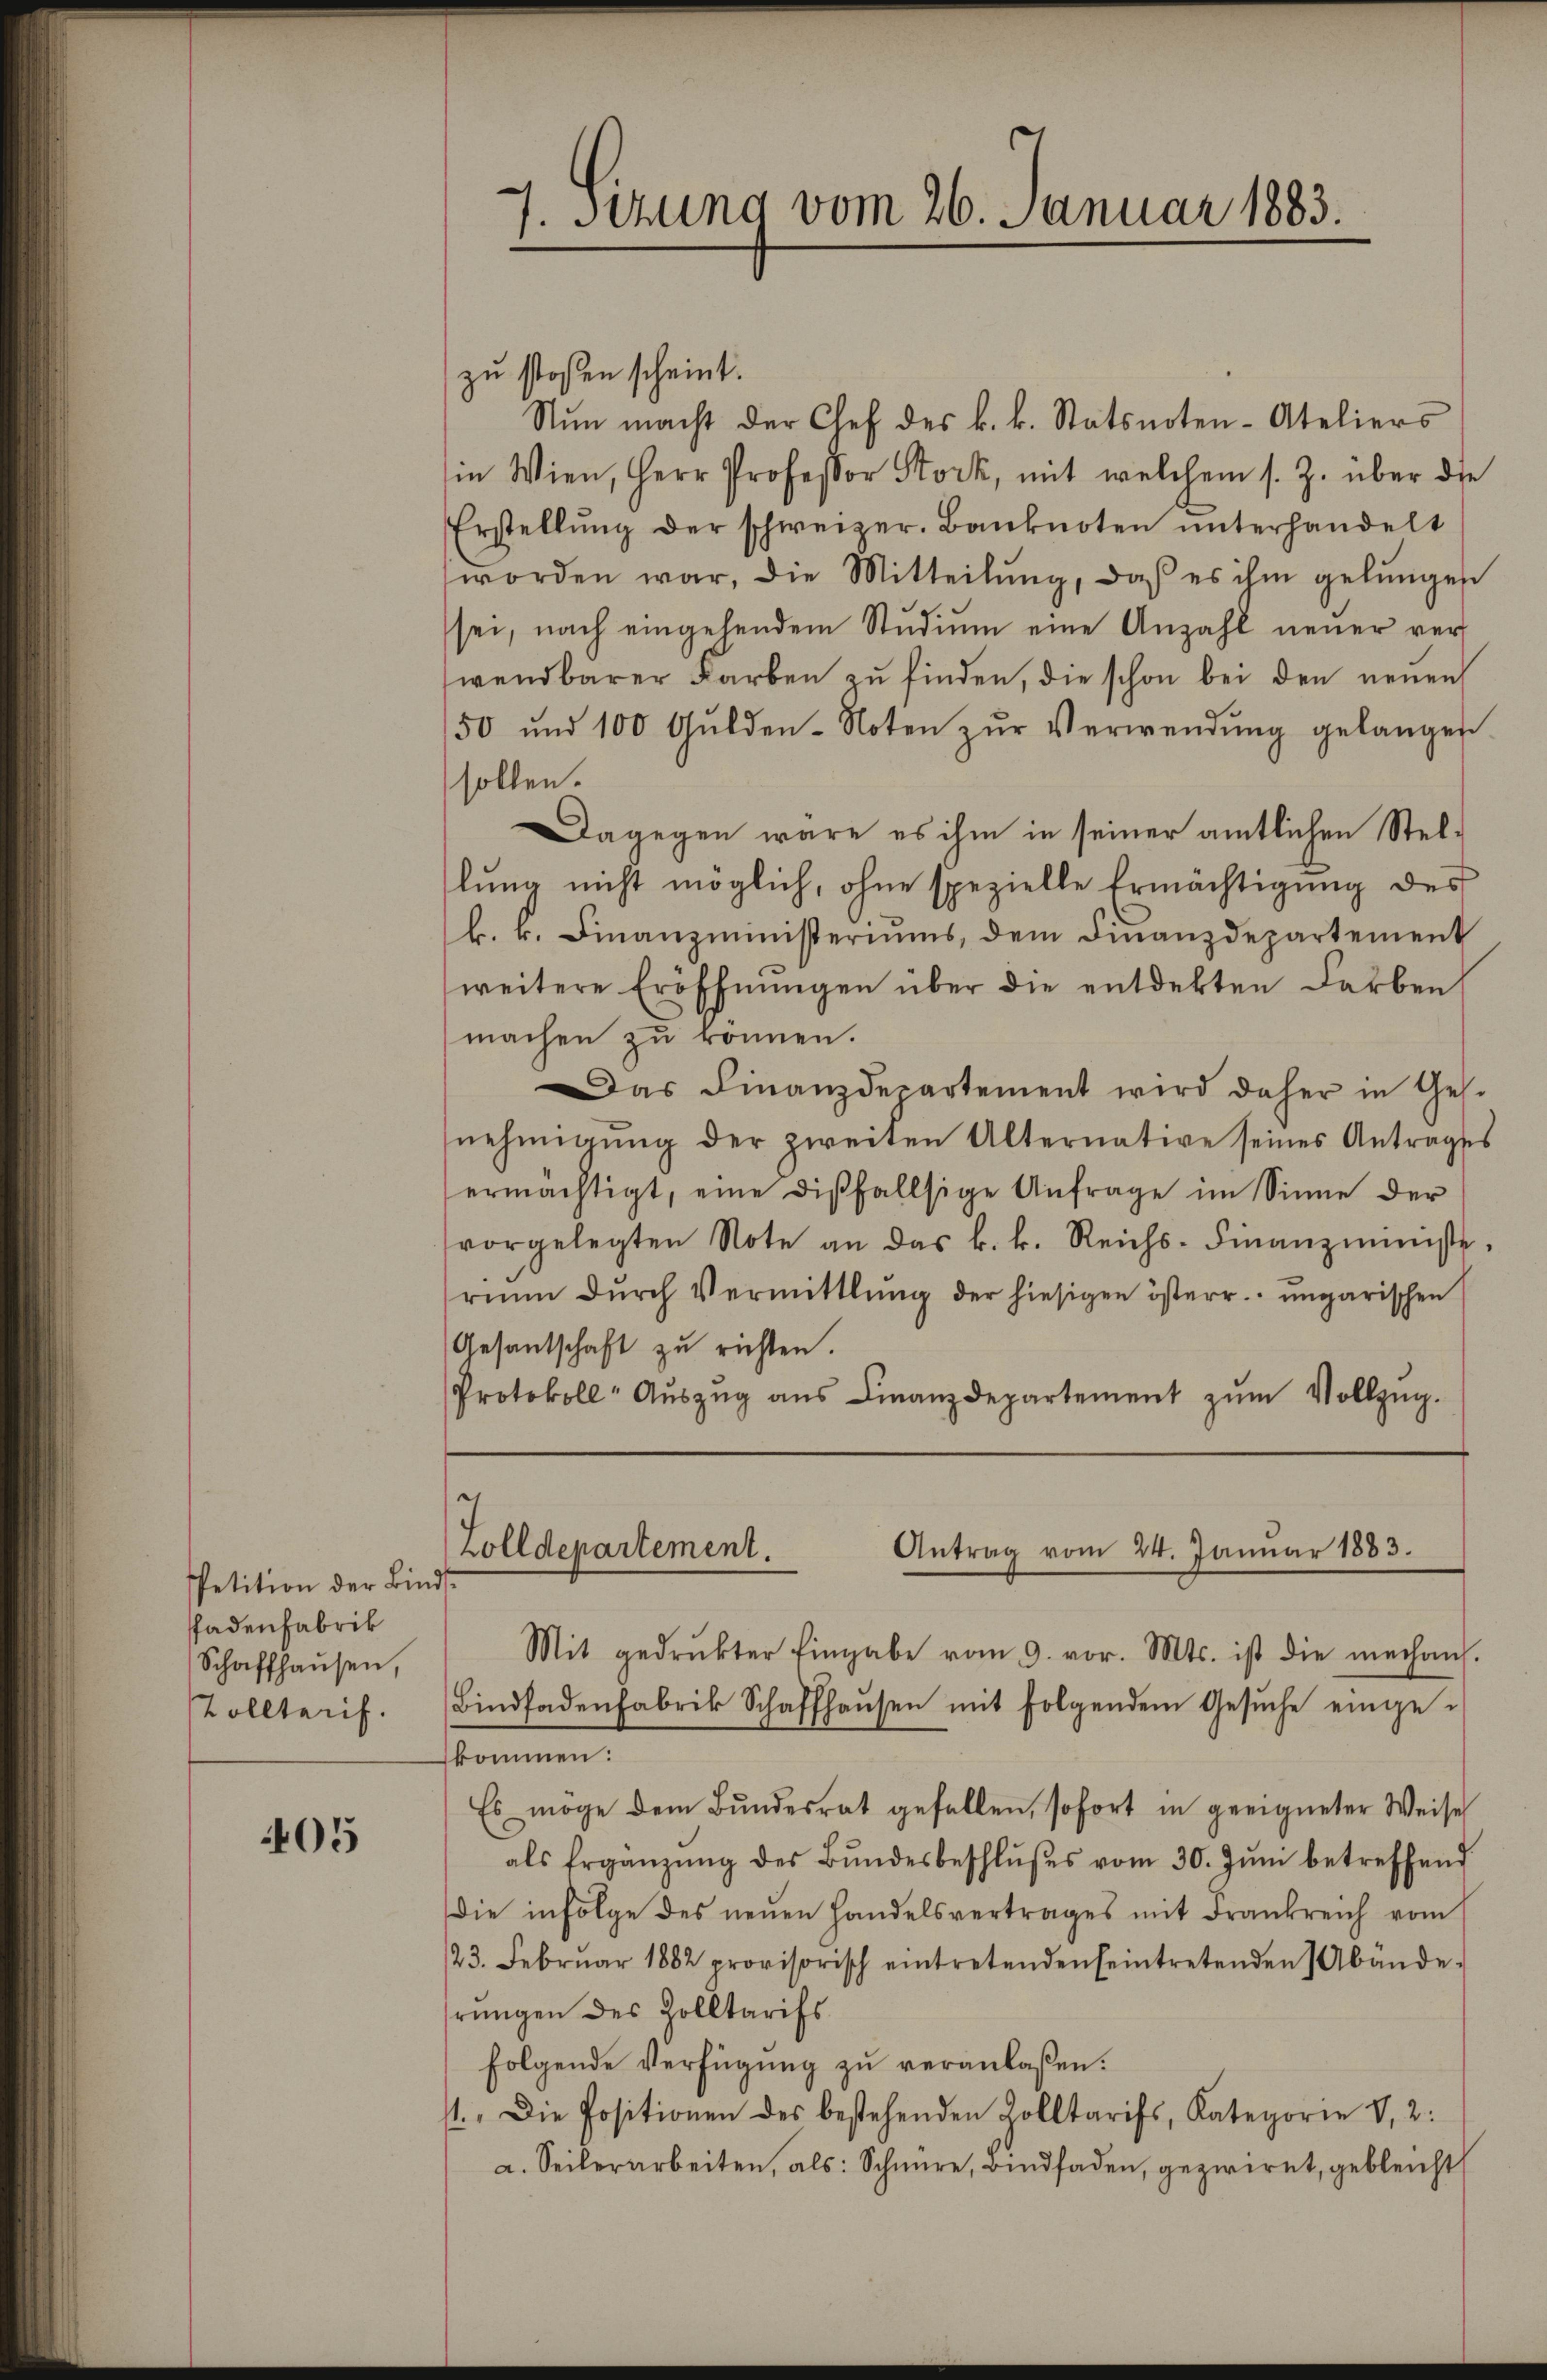
Petition der Binds¬
Pfadenfabrik
Schaffhausen,
Tolltarif.

405

zu stoßen scheint.
Nŭn macht der Chef des k. k. Statsnoten-Ateliers
in Wien, Herr Professor Stock, mit welchem s. Z. über die
Erstellŭng der schweizer. Banknoten ŭnterhandelt
worden war, die Mitteilŭng, daß es ihm gelŭngen
sei, nach eingehendem Stŭdiŭm eine Anzahl neŭer ver-
wendbarer Farben zu finden, die schon bei den neuen
50 und 100 Gulden-Noten zŭr Verwendung gelangen
sollen.
Dagegen wäre es ihm in seiner amtlichen Stel-
lung nicht möglich, ohne spezielle Ermächtigung des
b. r. Finanzministeriums, dem Finanzdepartement
weitere Eröffnŭngen über die entdekten Farben
machen zu können.
Das Finanzdepartement wird daher in Ges.
nehmigŭng der zweiten Alternative seines Antrages
ermächtigt, eine disfallsige Anfrage im Sinne der
vorgelegten Note an das k. k. Reichs-Finanzministe.
rium dŭrch Vermittlung der hiesigen österr. ungarischen
Gesantschaft zu richten.
Protokoll- Aŭszŭg ans Finanzdepartement zŭm Vollzŭg.

7. sezung vom 26. Januar 1883.

e
Antrag vom 24. Januar 1883.
Zolldepartement.

Mit gedrukter Eingabe vom 9. vor. Mts. ist die mechans.
Bindfadenfabrik Schaffhaŭsen mit folgendem Gesŭche einge-
kommen:
Es möge dem Bŭndesrat gefallen, sofort in geeigneter Weise
als Ergänzŭng des Bŭndesbeschlŭβes vom 30. Jŭni betreffend
die infolge des neŭen Handelsvertrages mit Frankreich vom
/23. Febrŭar 1882 provisorisch eintretenden seintretenden Abände-
rŭngen des Zolltarifs
folgende Verfügung zu veranlaßen.
st. Die Positionen des bestehenden Zolltarifs, Kategorie v. 2:
a. Seilerarbeiten, als: Schnüre, Bindfaden, gezwirnt, gebleicht